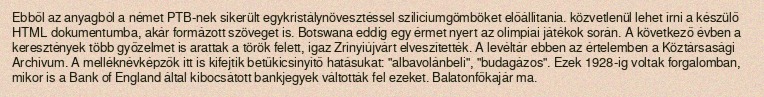
Ebből az anyagból a német PTB-nek sikerült egykristálynövesztéssel szilíciumgömböket előállítania. közvetlenül lehet írni a készülő HTML dokumentumba, akár formázott szöveget is. Botswana eddig egy érmet nyert az olimpiai játékok során. A következő évben a keresztények több győzelmet is arattak a török felett, igaz Zrínyiújvárt elveszítették. A levéltár ebben az értelemben a Köztársasági Archívum. A melléknévképzők itt is kifejtik betűkicsinyítő hatásukat: "albavolánbeli", "budagázos". Ezek 1928-ig voltak forgalomban, mikor is a Bank of England által kibocsátott bankjegyek váltották fel ezeket. Balatonfőkajár ma.